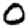
Digit: 0